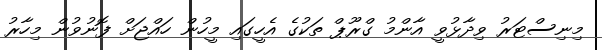
މިނިސްޓަރު ވިދާޅުވީ އާންމު ގްރޫޕް ތަކުގެ އެހީގައި މީހުން ހައްޖަށް ފޮނުވުން މިހާރު